Indian journal of veterinary science and animal husbandry - Volumes 18-21, 1948-1951
Year: 1948
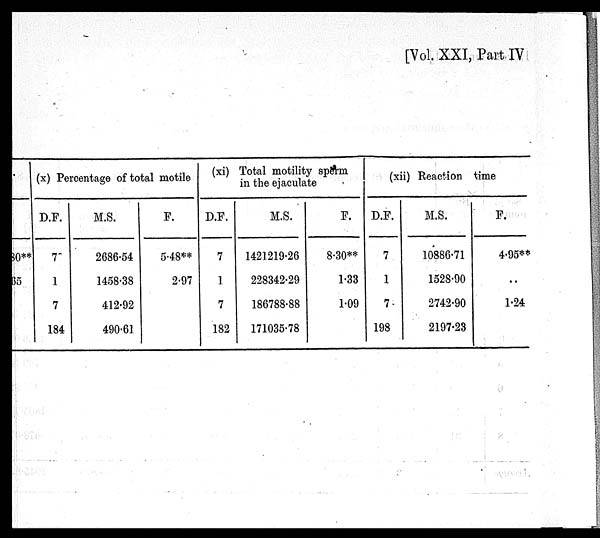
[Vol. XXI, Part IV
8.30**
85
(x) Percentage of total motile
D.F.
7
1
7
184
M.S.
2686.54
1458.38
412.92
490.61
F.
5.48**
2.97
(xi) Total motility sperm
D.F.
7
1
7
182
M.S.
1421219.26
228342.29
186788.88
171035.78
F.
8.30**
1.33
1.09
(xii) Reaction time
D.F.
7
1
7
198
M.S.
10886.71
152S.90
2742.90
2197.23
F.
4.95**
..
1.24